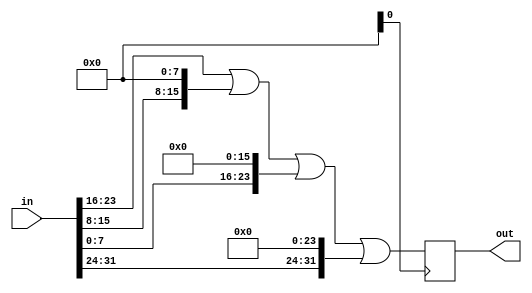
module top_module( 
    input [31:0] in,
    output [31:0] out );

    // Insert your code here
    // assign out[31:24] = ...;

    always @(posedge clk) begin
        out <= in[23:16] | (in[15:8] << 8) | (in[7:0] << 16) | (in[31:24] << 24);
    end

endmodule